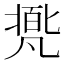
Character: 𠙩